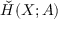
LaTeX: { \check { H } } ( X ; A )